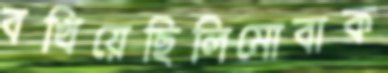
বখিয়েছিলিমোবাক